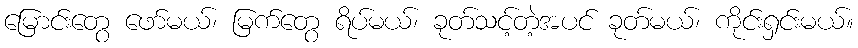
မြောင်းတွေ ဖော်မယ်၊ မြက်တွေ ရိပ်မယ်၊ ခုတ်သင့်တဲ့အပင် ခုတ်မယ်၊ ကိုင်းရှင်းမယ်။